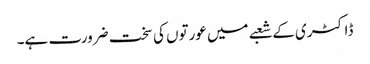
ڈاکٹری کے شعبے میں عورتوں کی سخت ضرورت ہے۔